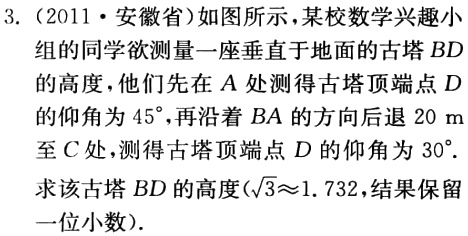
3.（2011·安徽省）如图所示，某校数学兴趣小组的同学欲测量一座垂直于地面的古塔 \(BD\) 的高度，他们先在 \(A\) 处测得古塔顶端点 \(D\) 的仰角为 \(45^{\circ}\)，再沿着 \(BA\) 的方向后退 \(20\ m\) 至 \(C\) 处，测得古塔顶端点 \(D\) 的仰角为 \(30^{\circ}\)。求该古塔 \(BD\) 的高度（\(\sqrt{3}\approx1.732\)，结果保留一位小数）。